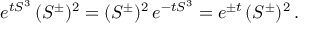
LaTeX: e ^ { t S ^ { 3 } } \, ( S ^ { \pm } ) ^ { 2 } = ( S ^ { \pm } ) ^ { 2 } \, e ^ { - t S ^ { 3 } } = e ^ { \pm t } \, ( S ^ { \pm } ) ^ { 2 } \, .